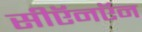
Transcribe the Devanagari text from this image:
सीऍनऍन